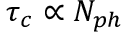
\tau _ { c } \propto N _ { p h }